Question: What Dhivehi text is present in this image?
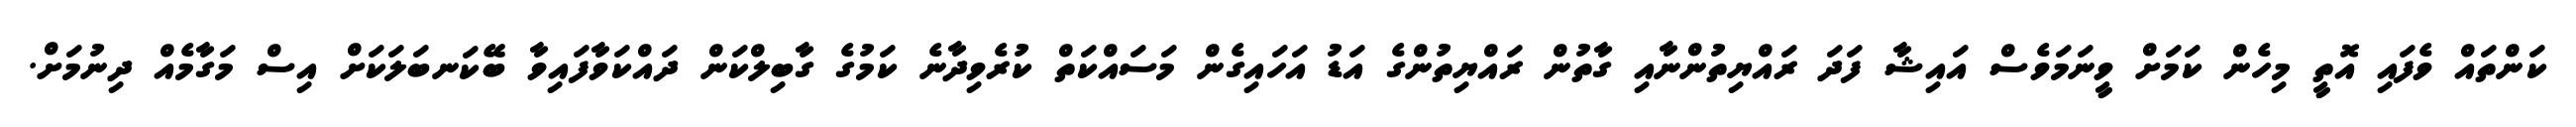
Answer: ކަންތައް ވެފައި އޮތީ މިހެން ކަމަށް ވީނަމަވެސް އައިޝާ ފަދަ ރައްޔިތުންނާއި ގާތުން ރައްޔިތުންގެ އަޑު އަހައިގެން މަސައްކަތް ކުރެވިދާނެ ކަމުގެ ގާބިލްކަން ދައްކަވާފައިވާ ބޭކަނބަލަކަށް އިސް މަގާމެއް ދިނުމަށް.